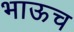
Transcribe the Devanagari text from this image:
भाऊच